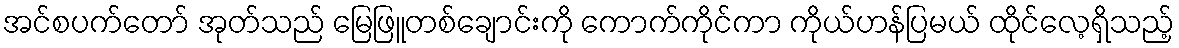
အင်စပက်တော် အုတ်သည် မြေဖြူတစ်ချောင်းကို ကောက်ကိုင်ကာ ကိုယ်ဟန်ပြမယ် ထိုင်လေ့ရှိသည့်